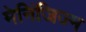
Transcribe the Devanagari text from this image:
मेनिंजिज्म